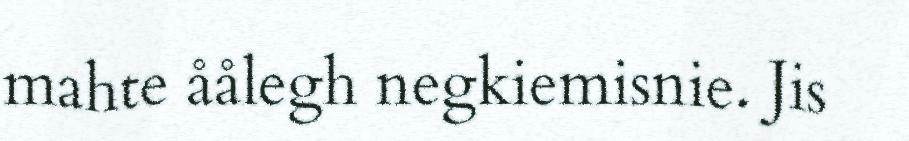
mahte åålegh negkiemisnie. Jis